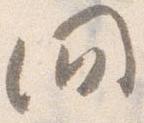
間